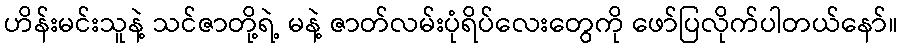
ဟိန်းမင်းသူနဲ့ သင်ဇာတို့ရဲ့ မနဲ့ ဇာတ်လမ်းပုံရိပ်လေးတွေကို ဖော်ပြလိုက်ပါတယ်နော်။